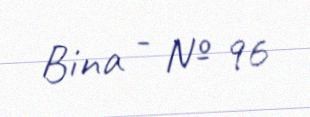
Bina - № 96